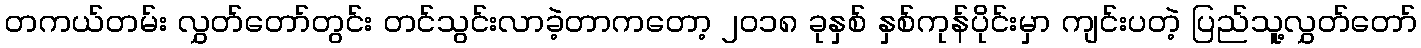
တကယ်တမ်း လွှတ်တော်တွင်း တင်သွင်းလာခဲ့တာကတော့ ၂၀၁၈ ခုနှစ် နှစ်ကုန်ပိုင်းမှာ ကျင်းပတဲ့ ပြည်သူ့လွှတ်တော်